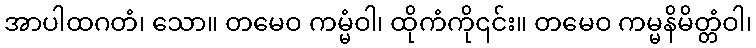
အာပါထဂတံ၊ သော။ တမေဝ ကမ္မံဝါ၊ ထိုကံကို၎င်း။ တမေဝ ကမ္မနိမိတ္တံဝါ၊